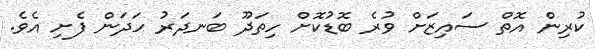
ކުރިން އޮތް ސައިޒަށް ވުރެ ބޮޑުކޮށް ހިތަދޫ ބަނދަރު ހަދަން ފެށި އެވެ.